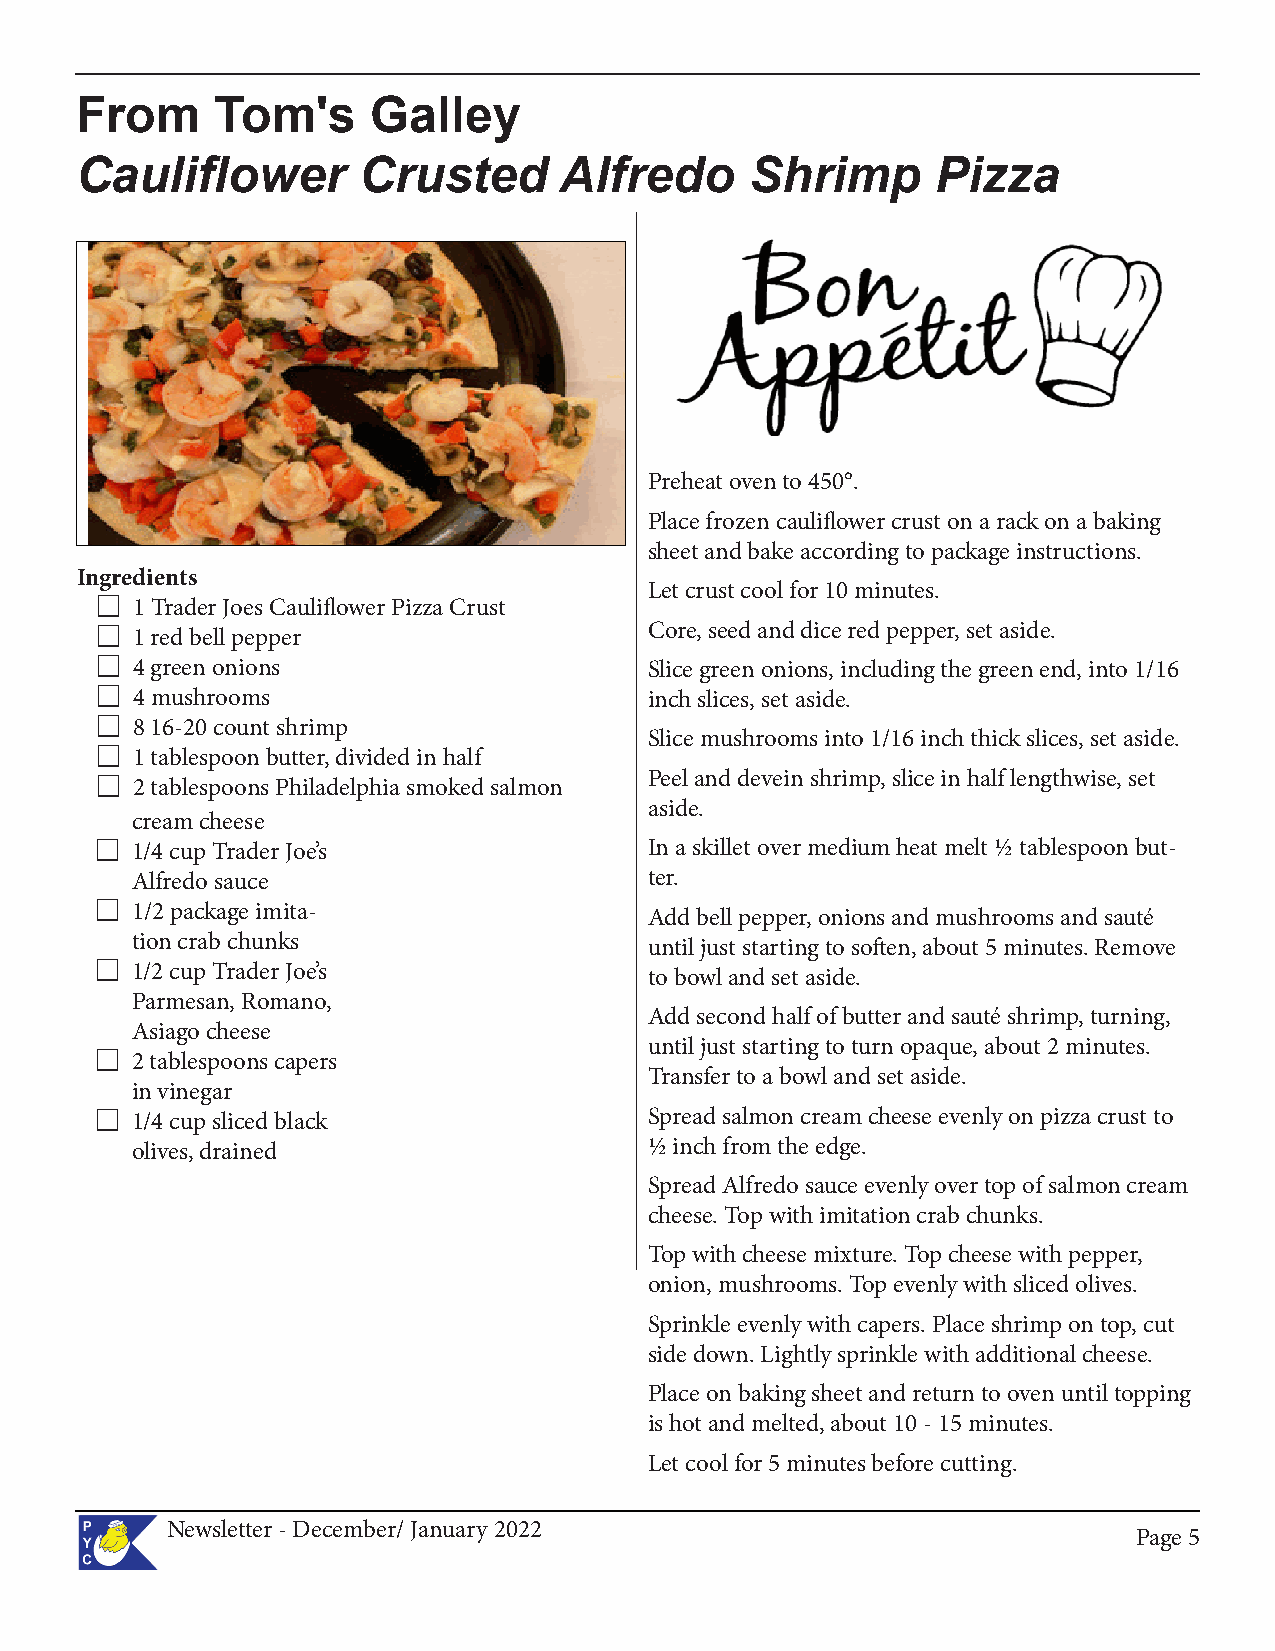
From     Tom's      Galley
 Cauliflower        Crusted      Alfredo      Shrimp      Pizza
 Preheat oven to 450°.
 Place frozen cauliflower crust on a rack on a baking
 sheet and bake according to package instructions.
 Ingredients
 Let crust cool for 10 minutes.
 ⚓  1 Trader Joes Cauliflower Pizza Crust
 Core, seed and dice red pepper, set aside.
 ⚓  1 red bell pepper
 ⚓  4 green onions                    Slice green onions, including the green end, into 1/16
 ⚓  4 mushrooms                       inch slices, set aside.
 ⚓  8 16-20 count shrimp
 Slice mushrooms into 1/16 inch thick slices, set aside.
 ⚓  1 tablespoon butter, divided in half
 Peel and devein shrimp, slice in half lengthwise, set
 ⚓  2 tablespoons Philadelphia smoked salmon
 aside.
 cream cheese
 ⚓  1/4 cup Trader Joe’s              In a skillet over medium heat melt ½ tablespoon but-
 Alfredo sauce                     ter.
 ⚓  1/2 package imita-                Add bell pepper, onions and mushrooms and sauté
 tion crab chunks                  until just starting to soften, about 5 minutes. Remove
 ⚓  1/2 cup Trader Joe’s              to bowl and set aside.
 Parmesan, Romano,
 Add second half of butter and sauté shrimp, turning,
 Asiago cheese
 until just starting to turn opaque, about 2 minutes.
 ⚓  2 tablespoons capers
 Transfer to a bowl and set aside.
 in vinegar
 ⚓  1/4 cup sliced black              Spread salmon cream cheese evenly on pizza crust to
 olives, drained                   ½ inch from the edge.
 Spread Alfredo sauce evenly over top of salmon cream
 cheese. Top with imitation crab chunks.
 Top with cheese mixture. Top cheese with pepper,
 onion, mushrooms. Top evenly with sliced olives.
 Sprinkle evenly with capers. Place shrimp on top, cut
 side down. Lightly sprinkle with additional cheese.
 Place on baking sheet and return to oven until topping
 is hot and melted, about 10 - 15 minutes.
 Let cool for 5 minutes before cutting.
 Newsletter - December/ January 2022
 PPaaggee 55